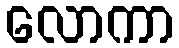
လောကာ